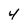
Character: 4